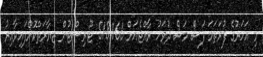
މި އަހަރުގެ ފުރަތަމަ ފަސް މަސް ދުވަހު ރާއްޖެއަށް 518